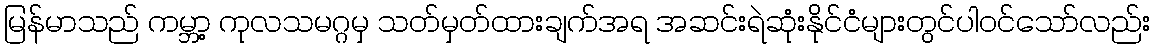
မြန်မာသည် ကမ္ဘာ့ ကုလသမဂ္ဂမှ သတ်မှတ်ထားချက်အရ အဆင်းရဲဆုံးနိုင်ငံများတွင်ပါဝင်သော်လည်း